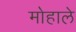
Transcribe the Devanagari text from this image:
मोहाले